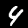
Label: 4